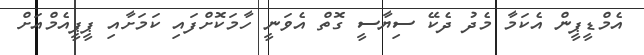
އެމްޑީޕީން އެކަމާ މެދު ދެކޭ ސިޔާސީ ގޮތް އެވަނީ ހާމަކޮށްފައި ކަމަށާއި ޕީޕީއެމްއަށް